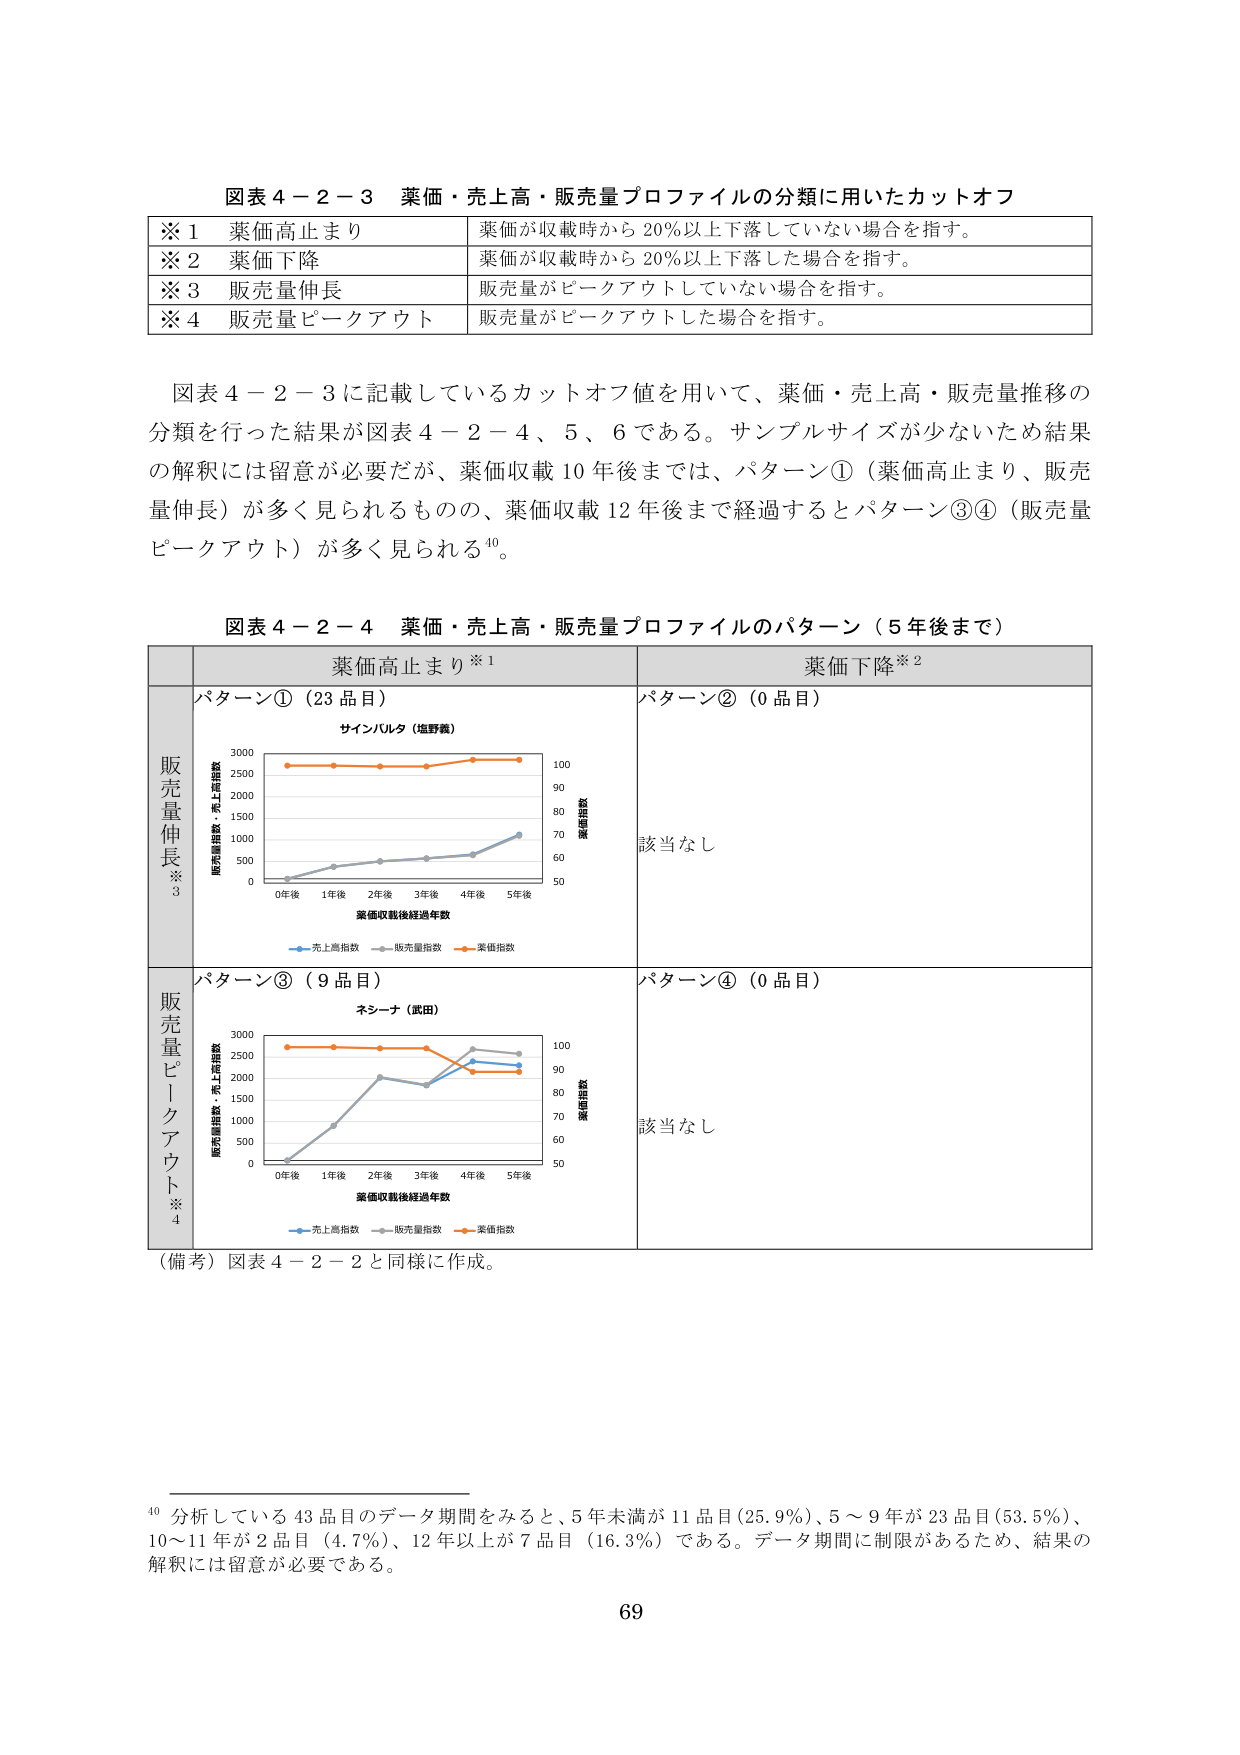
図表４－２－３ 薬価・売上高・販売量プロファイルの分類に用いたカットオフ
※１ 薬価高止まり 薬価が収載時から20％以上下落していない場合を指す。
※２ 薬価下降 薬価が収載時から20％以上下落した場合を指す。
※３ 販売量伸長 販売量がピークアウトしていない場合を指す。
※４ 販売量ピークアウト 販売量がピークアウトした場合を指す。

図表４－２－３に記載しているカットオフ値を用いて、薬価・売上高・販売量推移の分類を行った結果が図表４－２－４、５、６である。サンプルサイズが少ないため結果の解釈には留意が必要だが、薬価収載10年後までは、パターン①（薬価高止まり、販売量伸長）が多く見られるものの、薬価収載12年後まで経過するとパターン③④（販売量ピークアウト）が多く見られる⁴⁰。

図表４－２－４ 薬価・売上高・販売量プロファイルのパターン（5年後まで）
薬価高止まり※１ 薬価下降※２
販売量伸長※３ パターン①（23品目） サインバルタ（塩野義）
0年後 1年後 2年後 3年後 4年後 5年後
販売量指数・売上高指数 3000 2500 2000 1500 1000 500 0
薬価指数 100 90 80 70 60 50
薬価収載後経過年数
売上高指数 販売量指数 薬価指数
該当なし
販売量ピークアウト※４ パターン③（9品目） ネシーナ（武田）
0年後 1年後 2年後 3年後 4年後 5年後
販売量指数・売上高指数 3000 2500 2000 1500 1000 500 0
薬価指数 100 90 80 70 60 50
薬価収載後経過年数
売上高指数 販売量指数 薬価指数
該当なし
（備考）図表４－２－２と同様に作成。

⁴⁰ 分析している43品目のデータ期間をみると、5年未満が11品目（25.9％）、5～9年が23品目（53.5％）、10～11年が2品目（4.7％）、12年以上が7品目（16.3％）である。データ期間に制限があるため、結果の解釈には留意が必要である。
69